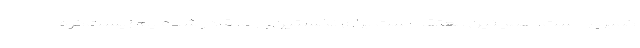
کمبریج است، همچنین معتقد است برای نخستین‌بار ما قادر شده‌ایم زیست‌کُره